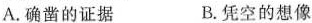
A.确凿的证据 B.凭空的想像